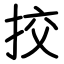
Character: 挍